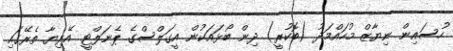
ހުސައިން ނިޔާޒް މުހައްމަދު (ބޮކުރީ) ދިން ބޯޅައަކުން އީގަލްސްގެ ޕެނަލްޓީ އޭރިޔާ ތެރޭގައި